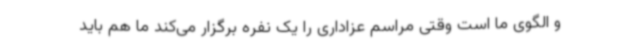
و الگوی ما است وقتی مراسم عزاداری را یک نفره برگزار می‌کند ما هم باید